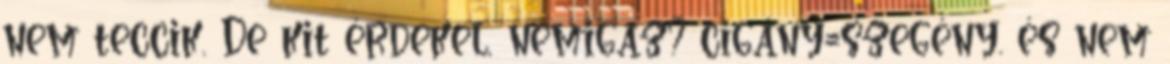
nem teccik. De kit érdekel, nemigaz? cigány=szegény. és nem